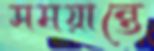
সময়ান্তে